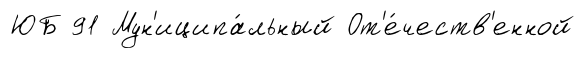
ЮБ 91 Мун'иципа́льный От'е́честв'енной